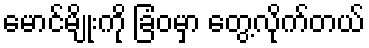
မောင်မျိုးကို ခြံဝမှာ တွေ့လိုက်တယ်